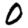
Digit: 0